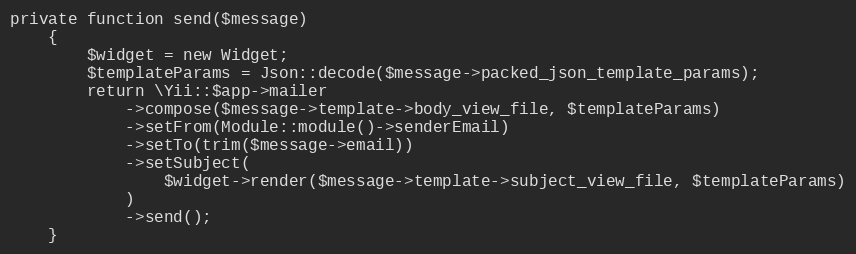
Language: PHP
private function send($message)
    {
        $widget = new Widget;
        $templateParams = Json::decode($message->packed_json_template_params);
        return \Yii::$app->mailer
            ->compose($message->template->body_view_file, $templateParams)
            ->setFrom(Module::module()->senderEmail)
            ->setTo(trim($message->email))
            ->setSubject(
                $widget->render($message->template->subject_view_file, $templateParams)
            )
            ->send();
    }